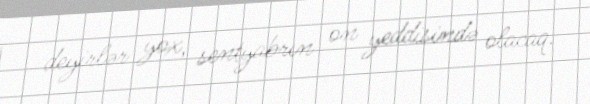
deyirlər yox, sentyabrın on yeddisində olacaq.